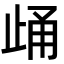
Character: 𪴷